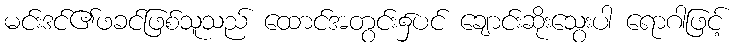
မင်းဒင်၏ဖခင်ဖြစ်သူသည် ထောင်အတွင်း၌ပင် ချောင်းဆိုးသွေးပါ ရောဂါဖြင့်